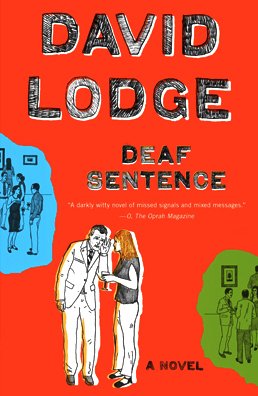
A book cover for Deaf Sentence: A Novel; David Lodge; Literature & Fiction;